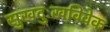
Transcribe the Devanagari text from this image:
सुखदुःखविवेक